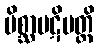
မိစ္ဆာပဋိပတ္တိ